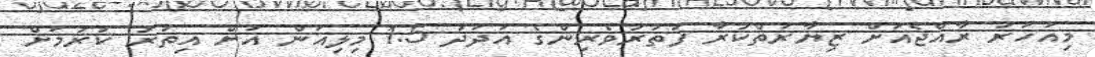
މިއަހަރު ރާއްޖެއަށް ޒިޔާރަތްކުރާ ފަތުރުވެރިންގެ އަދަދު 1.5 މިލިއަން އަށް އިތުރު ކުރުމަށް